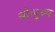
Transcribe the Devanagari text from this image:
थी।पुरुष